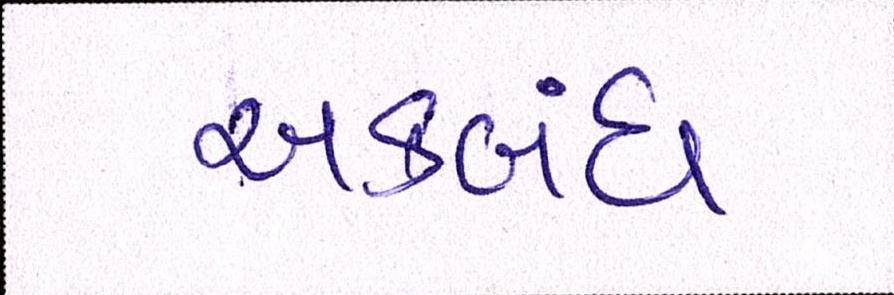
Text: અકબંધ